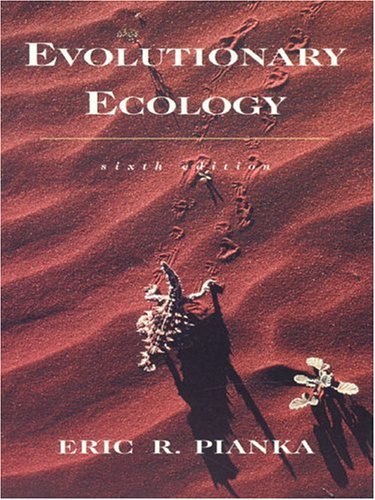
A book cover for Evolutionary Ecology (6th Edition); Eric R. Pianka; Science & Math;